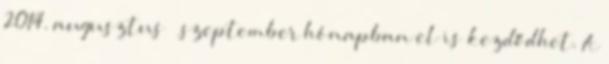
2014. augusztus – szeptember hónapban el is kezdődhet. A